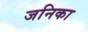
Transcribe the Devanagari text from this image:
जनिका